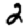
Digit: 2